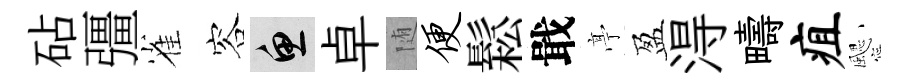
砧彊雀容魚卓随便鬆戢𠅘盈淂疇疽颸